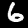
Label: 6